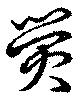
熒